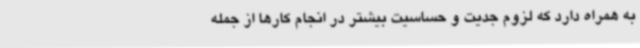
به همراه دارد که لزوم جدیت و حساسیت بیشتر در انجام کارها از جمله